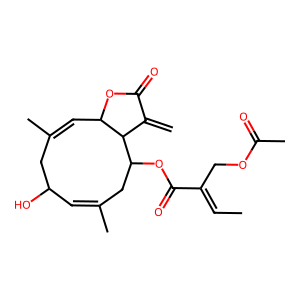
SMILES: C=C1C(=O)OC2C=C(C)CC(O)C=C(C)CC(OC(=O)C(=CC)COC(C)=O)C12
Inhibits HIV replication: No